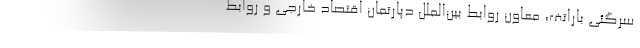
سرگئی باراتف، معاون روابط بین‌الملل دپارتمان اقتصاد خارجی و روابط